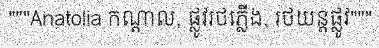
"""Anatolia កណ្តាល, ផ្លូវរថភ្លើង, រថយន្តផ្លូវ"""